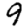
Digit: 9